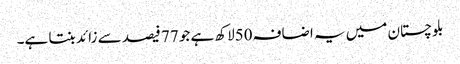
بلوچستان میں یہ اضافہ50لاکھ ہے جو 77 فیصد سے زائد بنتا ہے۔